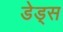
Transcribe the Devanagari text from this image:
डेड्स